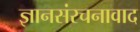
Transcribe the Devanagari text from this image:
ज्ञानसंरचनावाद